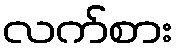
လက်စား